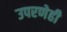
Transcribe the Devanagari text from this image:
उपरणेही